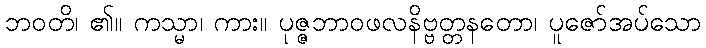
ဘဝတိ၊ ၏။ ကသ္မာ၊ ကား။ ပုဇ္ဇဘာဝဖလနိဗ္ဗတ္တနတော၊ ပူဇော်အပ်သော